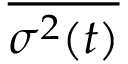
\overline { { \sigma ^ { 2 } ( t ) } }